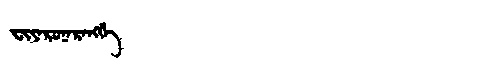
Manchu: ᠸᡳᠶᠠᡵᡠᠨᠠᡵᠠᠩᡤᡝ
Romanization: FIYARUNARANGGE